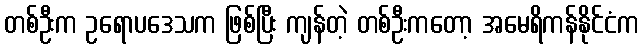
တစ်ဦးက ဥရောပဒေသက ဖြစ်ပြီး ကျန်တဲ့ တစ်ဦးကတော့ အမေရိကန်နိုင်ငံက